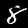
Label: 8